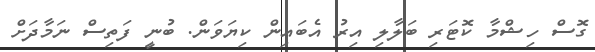
ގޮސް ހިޝްމާ ކޮޓަރި ބަލާލި އިރު އެބައިން ކިޔަވަން. ބުނީ ފަތިސް ނަމާދަށް